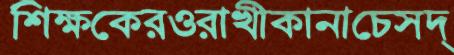
শিক্ষকেরওরাখীকানাচেসদ্